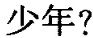
少年?